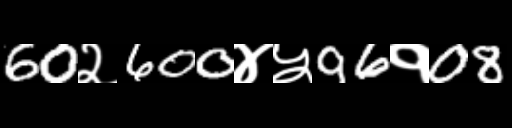
Text: 60२600४५96१08